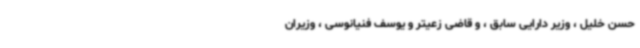
حسن خلیل ، وزیر دارایی سابق ، و قاضی زعیتر و یوسف فنیانوسی ، وزیران